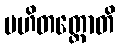
ပဟိတတ္တောတိ